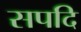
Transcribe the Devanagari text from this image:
सपदि